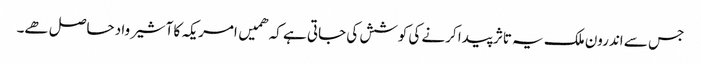
جس سے اندرون ملک یہ تاثر پیدا کرنے کی کوشش کی جاتی ہے کہ ھمیں امریکہ کا آشیرواد حاصل ھے۔